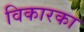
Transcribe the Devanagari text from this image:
विकारका